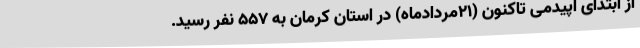
از ابتدای اپیدمی تاکنون (21مردادماه) در استان کرمان به 557 نفر رسید.